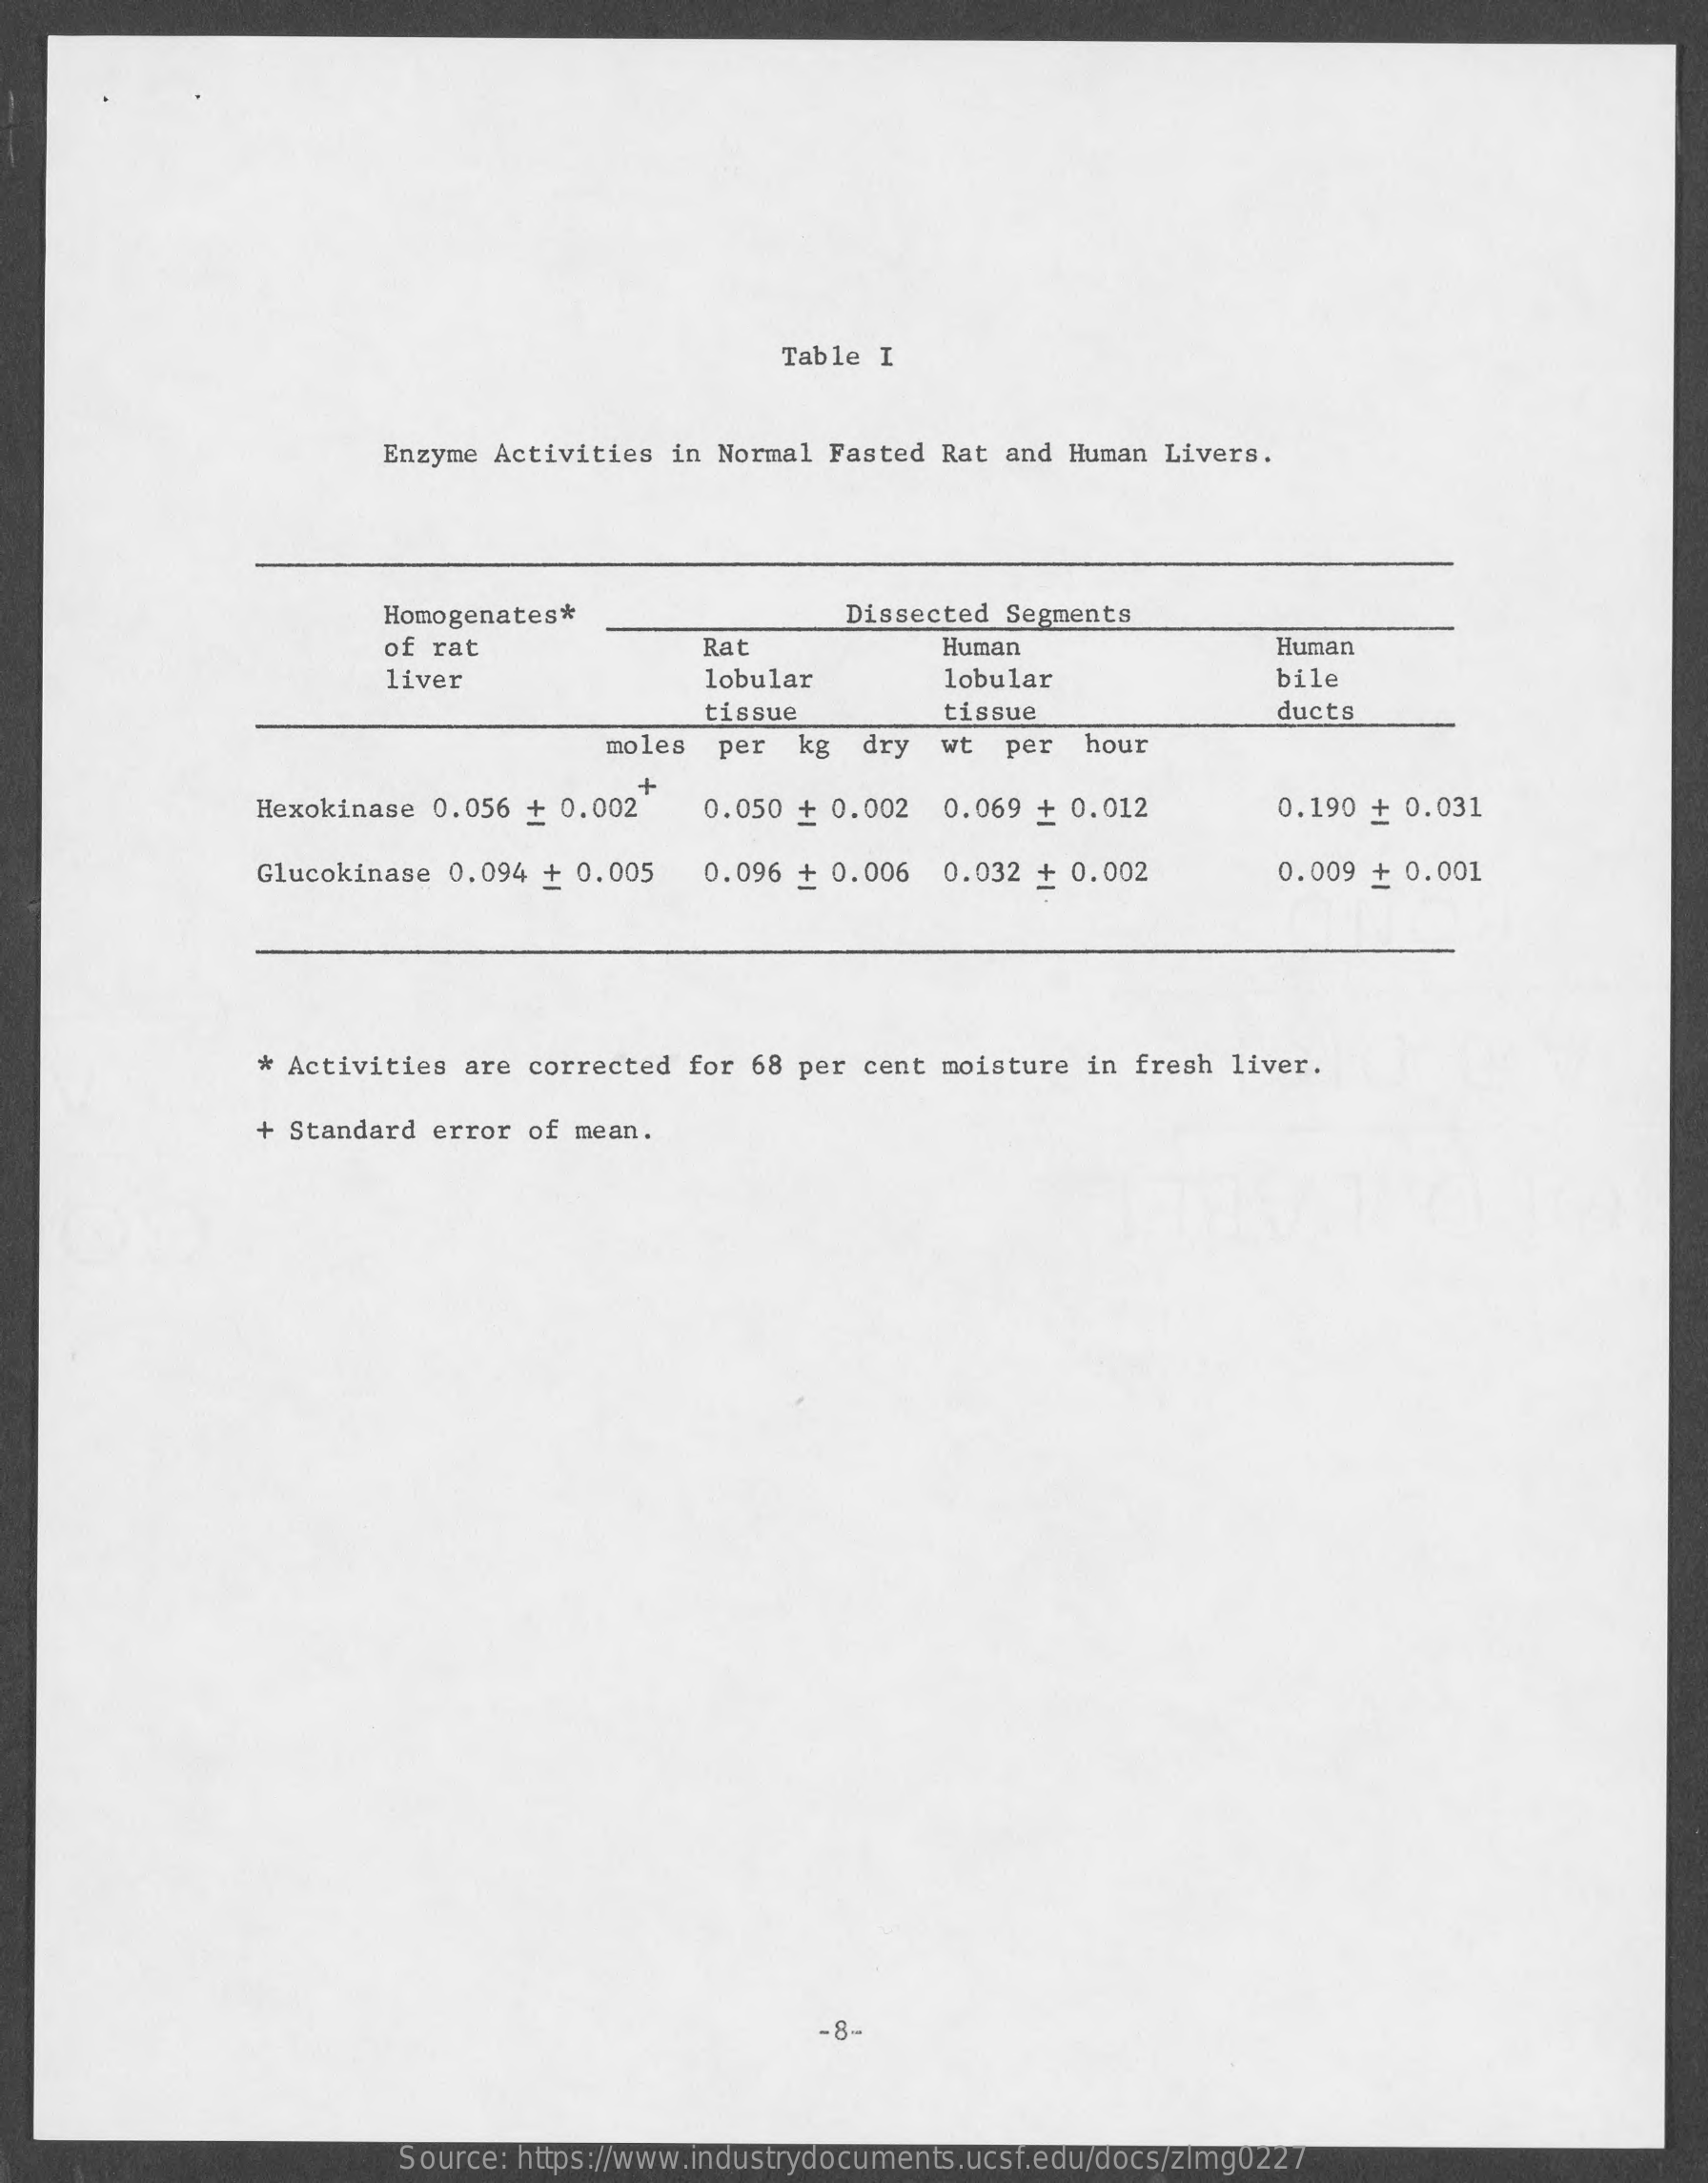
Table I
     Enzyme Activities  in Normal Fasted Rat and  Human Livers.
     Homogenates*    Dissected Segments
     of rat    Rat    Human    Human
     liver    lobular    lobular    bile
     tissue    tissue    ducts
     moles   per  kg  dry  wt  per   hour
     Hexokinase 0.056  + 0.002
     +
     0.050 + 0.002  0.069  + 0.012    0.190 + 0.031
     Glucokinase 0.094  + 0.005   0.096 + 0.006  0.032  + 0.002    0.009 +  0.001
     * Activities are corrected  for 68 per cent moisture  in fresh liver.
     + Standard error of mean.
     -8-
     Source: https://www.industrydocuments.ucsf.edu/docs/zlmg0227